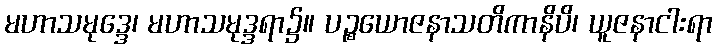
မဟာသမုဒ္ဒေ၊ မဟာသမုဒ္ဒရာ၌။ ပဉ္စယောဇနာသတိကာနိပိ၊ ယူဇနာငါးရာ